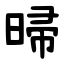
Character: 㫶